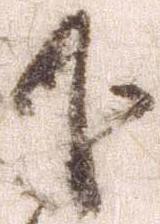
下